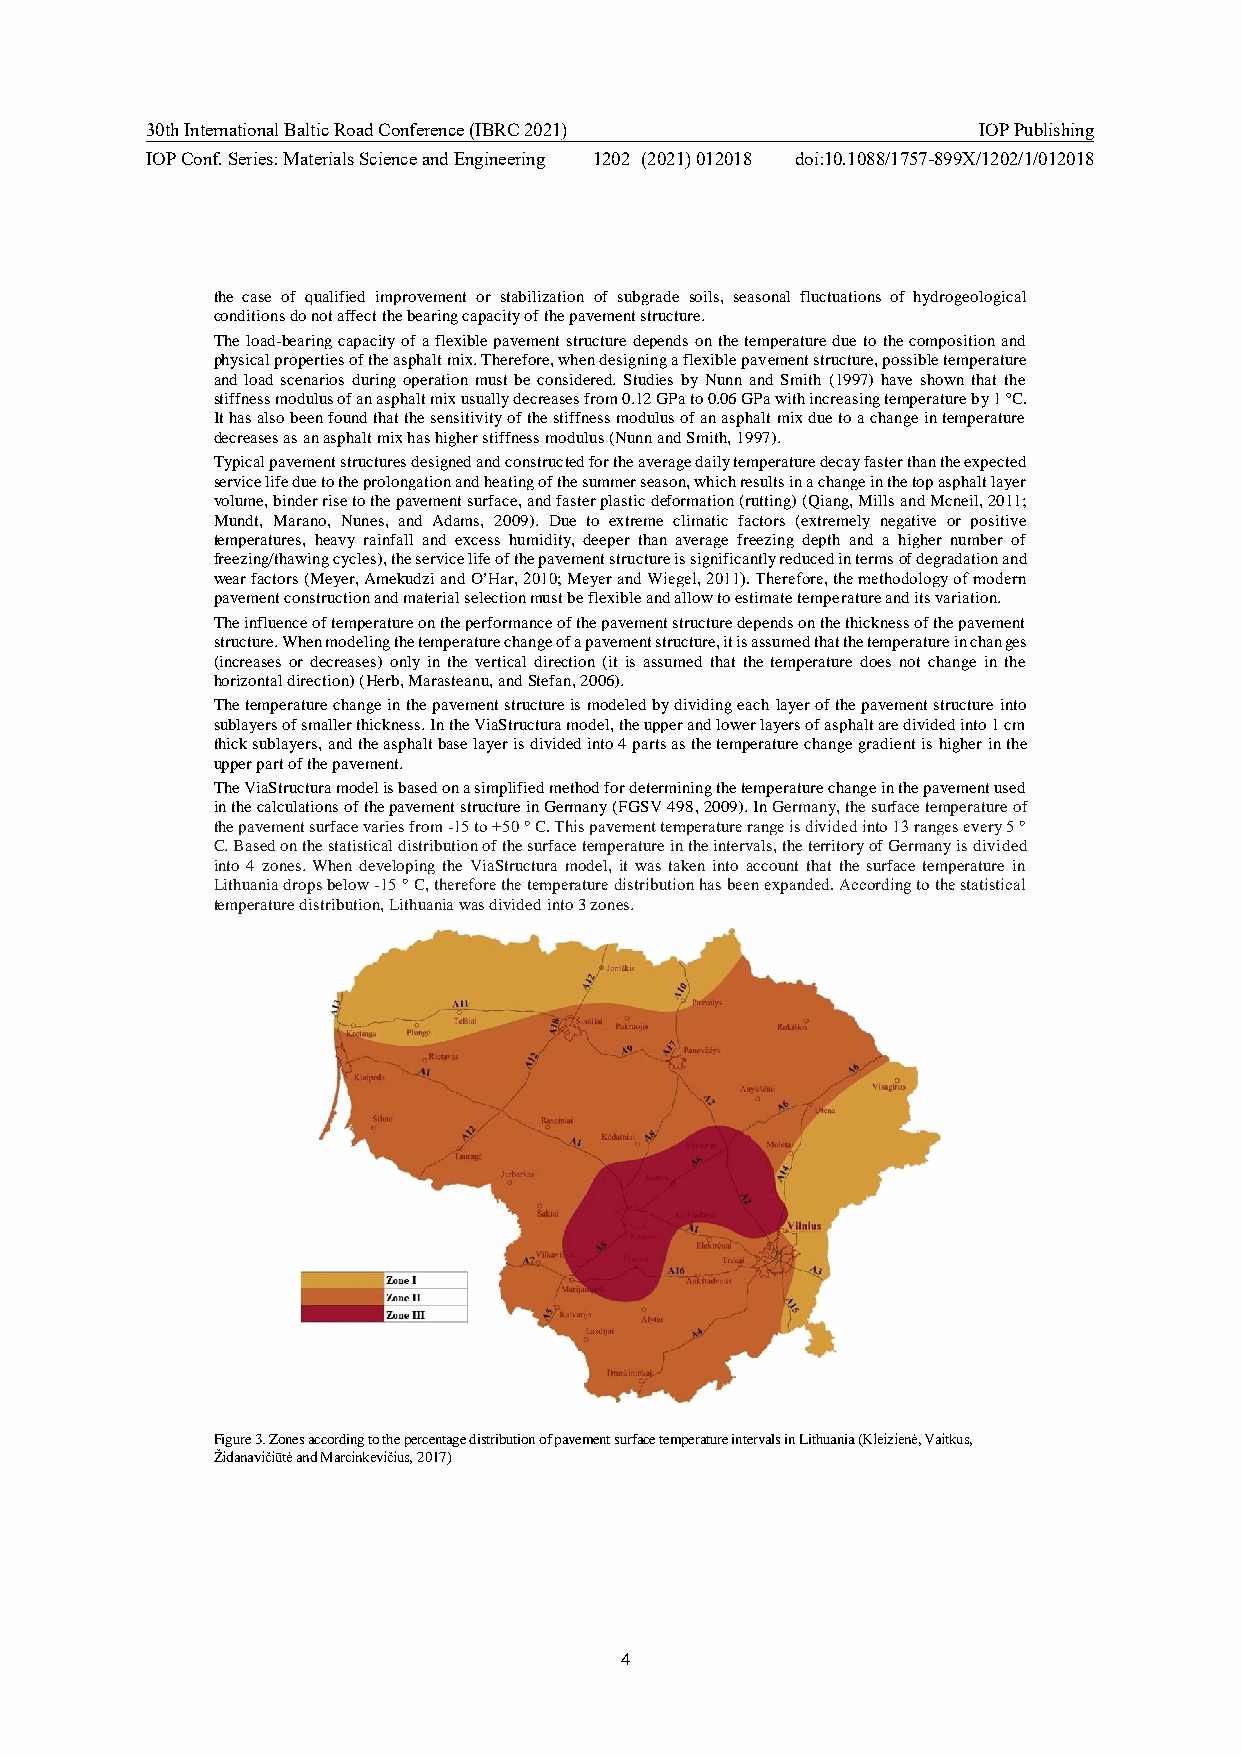
30th International Baltic Road Conference (IBRC 2021)  IOP Publishing
 IOP Conf. Series: Materials Science and Engineering 1202 (2021) 012018 doi:10.1088/1757-899X/1202/1/012018
 the case of qualified improvement or stabilization of subgrade soils, seasonal fluctuations of hydrogeological
 conditions do not affect the bearing capacity of the pavement structure.
 The load-bearing capacity of a flexible pavement structure depends on the temperature due to the composition and
 physical properties of the asphalt mix. Therefore, when designing a flexible pavement structure, possible temperature
 and load scenarios during operation must be considered. Studies by Nunn and Smith (1997) have shown that the
 stiffness modulus of an asphalt mix usually decreases from 0.12 GPa to 0.06 GPa with increasing temperature by 1 ºC.
 It has also been found that the sensitivity of the stiffness modulus of an asphalt mix due to a change in temperature
 decreases as an asphalt mix has higher stiffness modulus (Nunn and Smith, 1997).
 Typical pavement structures designed and constructed for the average daily temperature decay faster than the expected
 service life due to the prolongation and heating of the summer season, which results in a change in the top asphalt layer
 volume, binder rise to the pavement surface, and faster plastic deformation (rutting) (Qiang, Mills and Mcneil, 2011;
 Mundt, Marano, Nunes, and Adams, 2009). Due to extreme climatic factors (extremely negative or positive
 temperatures, heavy rainfall and excess humidity, deeper than average freezing depth and a higher number of
 freezing/thawing cycles), the service life of the pavement structure is significantly reduced in terms of degradation and
 wear factors (Meyer, Amekudzi and O’Har, 2010; Meyer and Wiegel, 2011). Therefore, the methodology of modern
 pavement construction and material selection must be flexible and allow to estimate temperature and its variation.
 The influence of temperature on the performance of the pavement structure depends on the thickness of the pavement
 structure. When modeling the temperature change of a pavement structure, it is assumed that the temperature in changes
 (increases or decreases) only in the vertical direction (it is assumed that the temperature does not change in the
 horizontal direction) (Herb, Marasteanu, and Stefan, 2006).
 The temperature change in the pavement structure is modeled by dividing each layer of the pavement structure into
 sublayers of smaller thickness. In the ViaStructura model, the upper and lower layers of asphalt are divided into 1 cm
 thick sublayers, and the asphalt base layer is divided into 4 parts as the temperature change gradient is higher in the
 upper part of the pavement.
 The ViaStructura model is based on a simplified method for determining the temperature change in the pavement used
 in the calculations of the pavement structure in Germany (FGSV 498, 2009). In Germany, the surface temperature of
 the pavement surface varies from -15 to +50 ° C. This pavement temperature range is divided into 13 ranges every 5 °
 C. Based on the statistical distribution of the surface temperature in the intervals, the territory of Germany is divided
 into 4 zones. When developing the ViaStructura model, it was taken into account that the surface temperature in
 Lithuania drops below -15 ° C, therefore the temperature distribution has been expanded. According to the statistical
 temperature distribution, Lithuania was divided into 3 zones.
 Figure 3. Zones according to the percentage distribution of pavement surface temperature intervals in Lithuania (Kleizienė, Vaitkus,
 Židanavičiūtė and Marcinkevičius, 2017)
 4